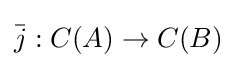
{\bar {j}}:C(A)\to C(B)